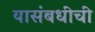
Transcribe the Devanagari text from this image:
यासंबधीची